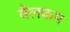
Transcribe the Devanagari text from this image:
वैलकम